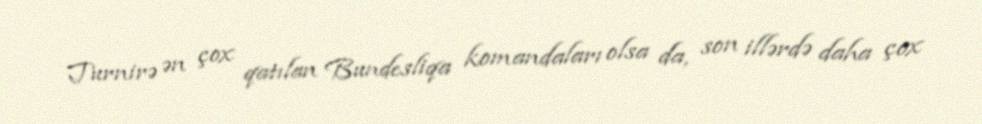
Turnirə ən çox qatılan Bundesliqa komandaları olsa da, son illərdə daha çox